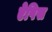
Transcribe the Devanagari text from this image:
ऐपिस